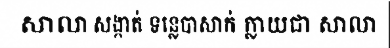
សាលា សង្កាត់ ទន្លេបាសាក់ ក្លាយជា សាលា